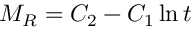
M _ { R } = C _ { 2 } - C _ { 1 } \ln t